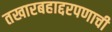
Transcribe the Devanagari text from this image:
तखारबहाद्दरपणाची